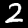
Label: 2